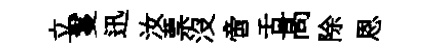
立鬘迅汝票没啻舌髙除恩